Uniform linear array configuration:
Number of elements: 4
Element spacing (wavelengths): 0.25
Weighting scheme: hann
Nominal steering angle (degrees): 60
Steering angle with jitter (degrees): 61.409
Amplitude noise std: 0.05
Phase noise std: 0.05

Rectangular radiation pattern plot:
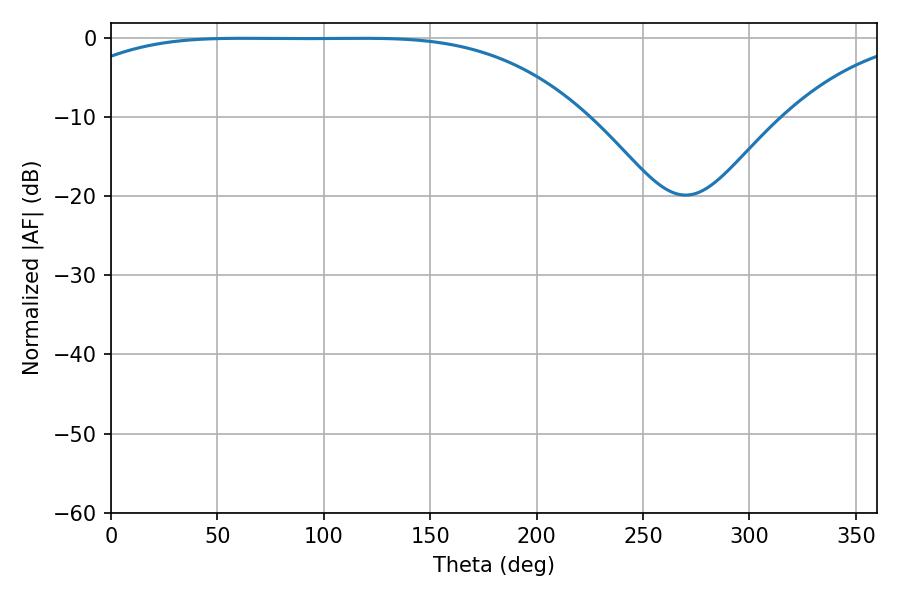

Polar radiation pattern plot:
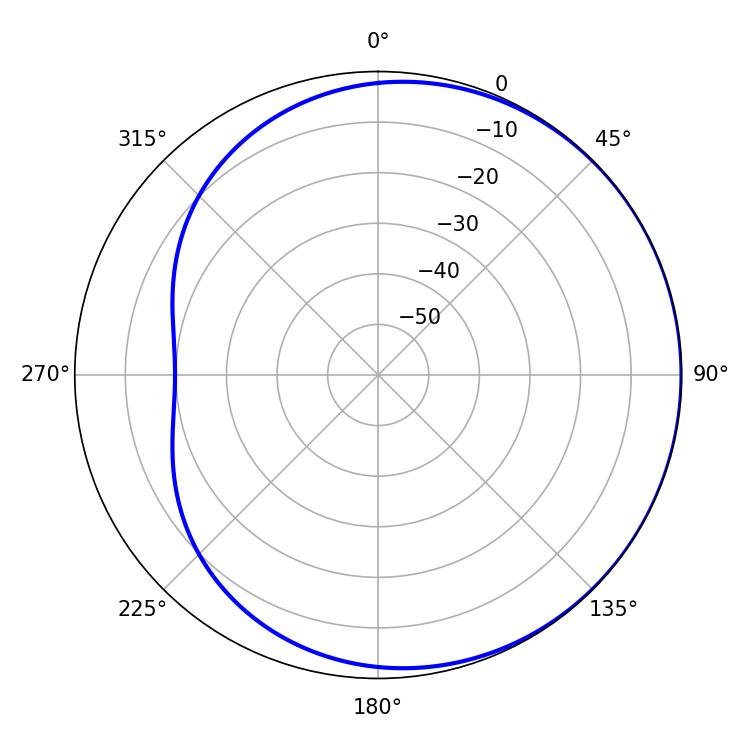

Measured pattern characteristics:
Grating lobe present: FALSE
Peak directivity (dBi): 0.5879
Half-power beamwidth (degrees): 186.84
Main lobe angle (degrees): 61.74